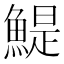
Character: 鯷